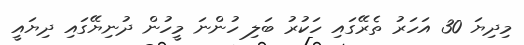
މިދިޔަ 30 އަހަރު ތެރޭގައި ހަކުރު ބަލި ހުންނަ މީހުން ދުނިޔޭގައި ދިޔައީ